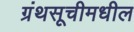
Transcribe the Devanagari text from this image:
ग्रंथसूचीमधील